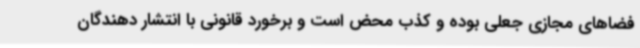
فضاهای مجازی جعلی بوده و کذب محض است و برخورد قانونی با انتشار دهندگان